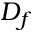
D _ { f }